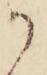
か